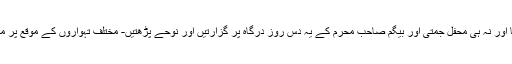
جیسے کہ محرم کے دنوں میں نہ حویلی پر چراغاں ہوتا اور نہ ہی محفل جمتی اور بیگم صاحب محرم کے یہ دس روز درگاہ پر گزارتیں اور نوحے پڑھتیں- مختلف تہواروں کے موقع پر مندروں اور گوردواروں میں جا کر بھجن بھی گایا کرتیں۔